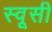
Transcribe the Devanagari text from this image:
स्वूसी